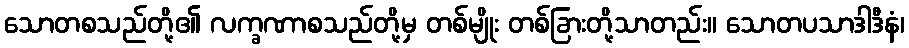
သောတစသည်တို့၏ လက္ခဏာစသည်တို့မှ တစ်မျိုး တစ်ခြားတို့သာတည်း။ သောတပသာဒါဒီနံ၊